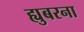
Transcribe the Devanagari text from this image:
ह्युबरना